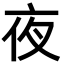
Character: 夜